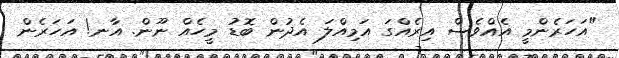
"އަހަރެންމީ އެއްވެސް އިރެއްގަ އަމިއްލަ އެދުން ބޮޑު މީހެއް ނޫން. އާނ! އަހަރެން